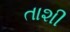
તાશી